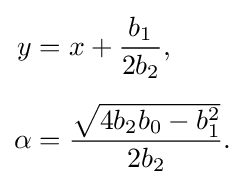
{\begin{aligned}y&=x+{\frac {b_{1}}{2b_{2}}},\\[5pt]\alpha &={\frac {\sqrt {4b_{2}b_{0}-b_{1}^{2}}}{2b_{2}}}.\end{aligned}}